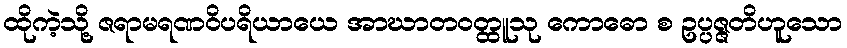
ထိုကဲ့သို့ ဇရာမရဏဝိပရိယာယေ အာဃာတဝတ္ထူသု ကောဓော စ ဥပ္ပဇ္ဇတိဟူသော